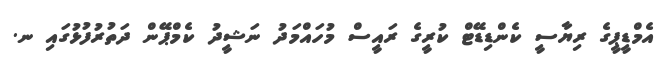
އެމްޑީޕީގެ ރިޔާސީ ކެންޑިޑޭޓް ކުރީގެ ރައީސް މުހައްމަދު ނަޝީދު ކެމްޕޭން ދަތުރުފުޅުގައި ނ.